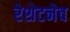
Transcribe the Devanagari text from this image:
रेशेटनेव